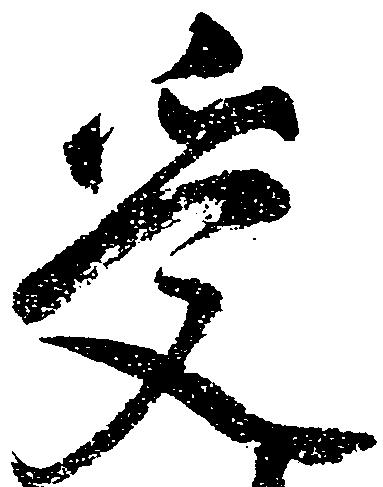
受